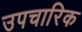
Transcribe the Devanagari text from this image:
उपचारिक